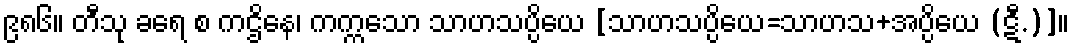
၉၈၆။ တီသု ခရေ စ ကဌိနေ၊ ကက္ကသော သာဟသပ္ပိယေ [သာဟသပ္ပိယေ=သာဟသ+အပ္ပိယေ (ဋီ.)]။